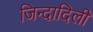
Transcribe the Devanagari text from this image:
जिन्दादिली